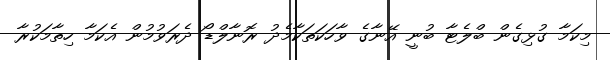
މިކަމާ ގުޅިގެން ބްލެޓާ ބުނީ އޭނާގެ ވާހަކަތަކާމެދު ރޮނާލްޑޯ ދެރަވުމުން އެކަމާ ހިތާމަކުރާ